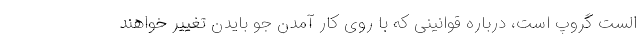
الست گروپ است، درباره قوانینی که با روی کار آمدن جو بایدن تغییر خواهند